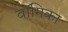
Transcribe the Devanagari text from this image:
वॉमिका